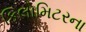
કિલોમિટરના